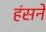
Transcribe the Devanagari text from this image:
हंसनें